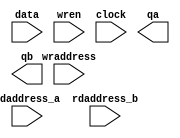
//Copyright (C) 1991-2004 Altera Corporation
//Any  megafunction  design,  and related netlist (encrypted  or  decrypted),
//support information,  device programming or simulation file,  and any other
//associated  documentation or information  provided by  Altera  or a partner
//under  Altera's   Megafunction   Partnership   Program  may  be  used  only
//to program  PLD  devices (but not masked  PLD  devices) from  Altera.   Any
//other  use  of such  megafunction  design,  netlist,  support  information,
//device programming or simulation file,  or any other  related documentation
//or information  is prohibited  for  any  other purpose,  including, but not
//limited to  modification,  reverse engineering,  de-compiling, or use  with
//any other  silicon devices,  unless such use is  explicitly  licensed under
//a separate agreement with  Altera  or a megafunction partner.  Title to the
//intellectual property,  including patents,  copyrights,  trademarks,  trade
//secrets,  or maskworks,  embodied in any such megafunction design, netlist,
//support  information,  device programming or simulation file,  or any other
//related documentation or information provided by  Altera  or a megafunction
//partner, remains with Altera, the megafunction partner, or their respective
//licensors. No other licenses, including any licenses needed under any third
//party's intellectual property, are provided herein.

module ram_regfile32xx32 (
	data,
	wraddress,
	rdaddress_a,
	rdaddress_b,
	wren,
	clock,
	qa,
	qb);

	input	[31:0]  data;
	input	[4:0]  wraddress;
	input	[4:0]  rdaddress_a;
	input	[4:0]  rdaddress_b;
	input	  wren;
	input	  clock;
	output	[31:0]  qa;
	output	[31:0]  qb;

endmodule